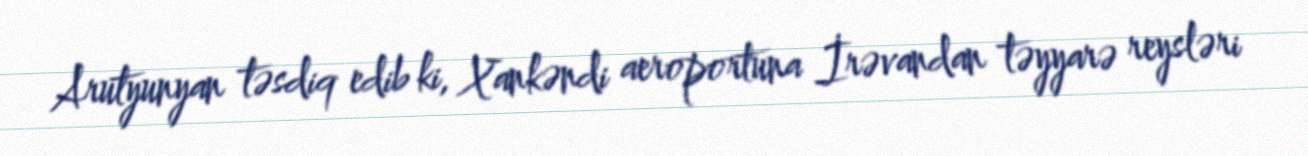
Arutyunyan təsdiq edib ki, Xankəndi aeroportuna İrəvandan təyyarə reysləri